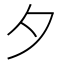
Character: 夕